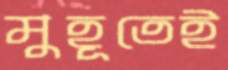
মুহূতেই